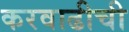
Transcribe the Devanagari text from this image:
करवाढीची